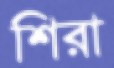
শিরা